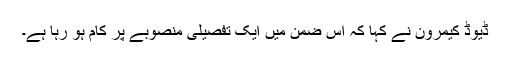
ڈیوڈ کیمرون نے کہا کہ اس ضمن میں ایک تفصیلی منصوبے پر کام ہو رہا ہے۔